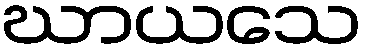
ဃာယသေ